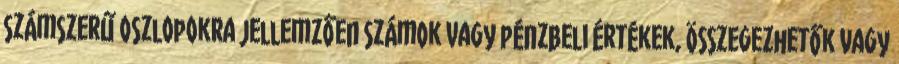
számszerű oszlopokra jellemzően számok vagy pénzbeli értékek, összegezhetők vagy